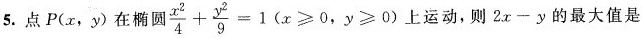
5.点P(x，y)在椭圆$$\frac { x ^ { 2 } } { 4 } +